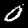
Label: 0